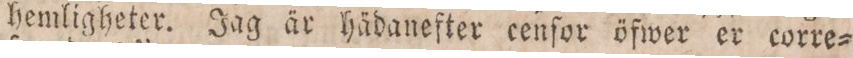
hemligheter. Jag är hädanefter cenſor öfwer er corre=